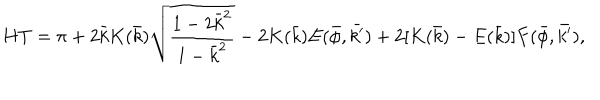
LaTeX: H T = \pi + 2 \bar { k } K ( \bar { k } ) \sqrt { \frac { 1 - 2 \bar { k } ^ { 2 } } { 1 - \bar { k } ^ { 2 } } } - 2 K ( \bar { k } ) E ( \bar { \phi } , \bar { k ^ { \prime } } ) + 2 [ K ( \bar { k } ) - E ( \bar { k } ) ] F ( \bar { \phi } , \bar { k ^ { \prime } } ) ,